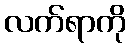
လက်ရာကို